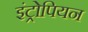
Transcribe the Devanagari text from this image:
इंट्रोपियन